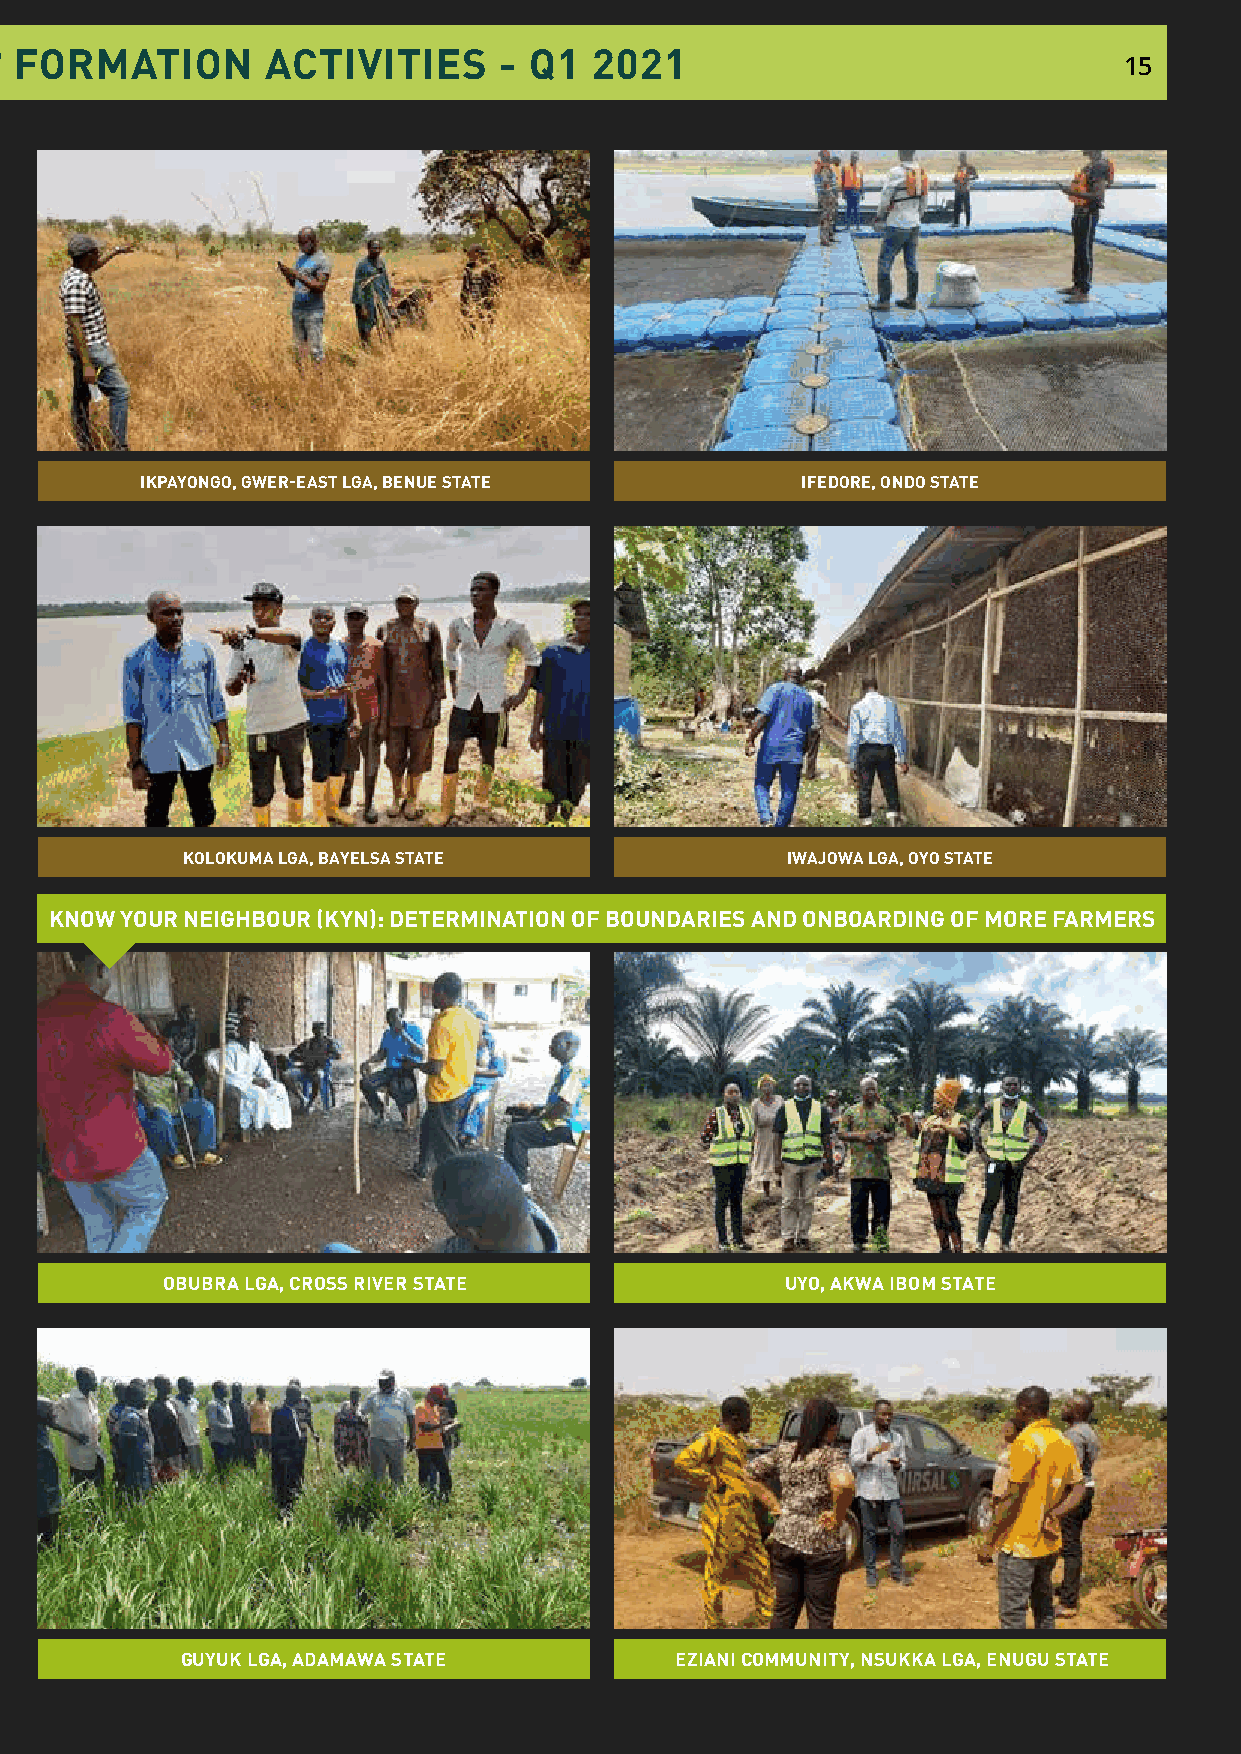
NIRSAL AGRO GEO-COOPERATIVE® FORMATION ACTIVITIES - Q1 2021
 15
 IKPAYONGO, GWER-EAST LGA, BENUE STATE       IFEDORE, ONDO STATE
 KOLOKUMA LGA, BAYELSA STATE             IWAJOWA LGA, OYO STATE
 KNOW YOUR NEIGHBOUR (KYN): DETERMINATION OF BOUNDARIES AND ONBOARDING OF MORE FARMERS
 OBUBRA LGA, CROSS RIVER STATE            UYO, AKWA IBOM STATE
 GUYUK LGA, ADAMAWA STATE         EZIANI COMMUNITY, NSUKKA LGA, ENUGU STATE